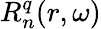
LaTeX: R_{n}^{q}(r,\omega)